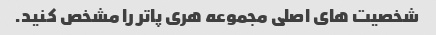
شخصیت های اصلی مجموعه هری پاتر را مشخص کنید.